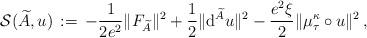
LaTeX: \begin{align*}\mathcal{S}(\widetilde A,u)\,:=\,-\frac{1}{2e^2}\|F_{\widetilde A}\|^2 + \frac{1}{2}\|{\rm d}^{\widetilde A} u \|^2 - \frac{e^2 \xi}{2}\|\mu_\tau^\kappa \circ u \|^2 \, ,\end{align*}